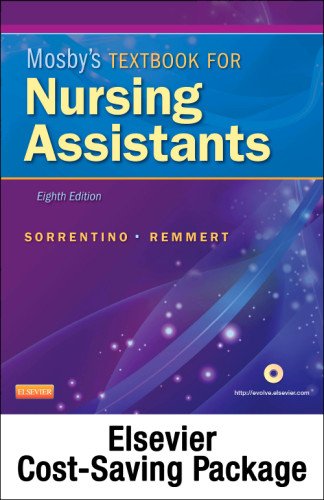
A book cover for Mosby's Textbook for Nursing Assistants - Textbook and Workbook Package, 8e; Sheila A. Sorrentino PhD  RN; Medical Books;